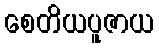
စေတိယပူဇာယ